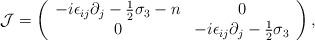
LaTeX: \begin{align*}{\cal J} = \left( \begin{array}{cc}-i\epsilon_{ij} \partial_j -{1\over2}\sigma_3-n & 0 \\0 & -i\epsilon_{ij} \partial_j -{1\over2}\sigma_3\end{array} \right) ,\end{align*}